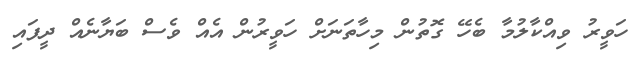
ހަވީރު ވިއްކާލުމާ ބެހޭ ގޮތުން މިހާތަނަށް ހަވީރުން އެއް ވެސް ބަޔާނެއް ދީފައި